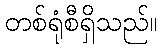
တစ်ရုံစီရှိသည်။